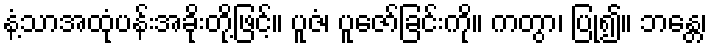
နံ့သာအထုံပန်းအခိုးတို့ဖြင့်။ ပူဇံ၊ ပူဇော်ခြင်းကို။ ကတွာ၊ ပြု၍။ ဘန္တေ၊